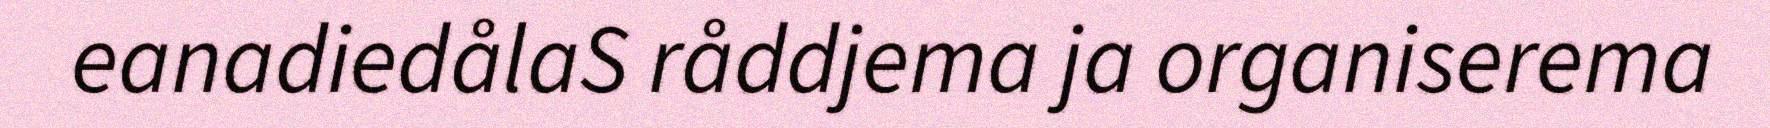
eanadiedålaS råddjema ja organiserema